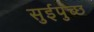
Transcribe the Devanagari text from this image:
सुईपुच्छ